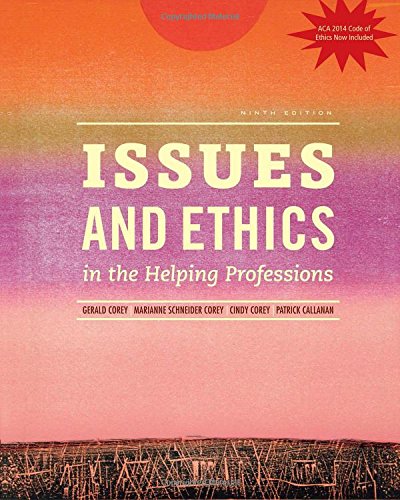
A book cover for Issues and Ethics in the Helping Professions with 2014 ACA Codes (with CourseMate, 1 term (6 months) Printed Access Card); Gerald Corey; Education & Teaching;